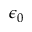
\epsilon _ { 0 }